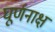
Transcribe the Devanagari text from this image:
घूर्णनाक्ष